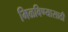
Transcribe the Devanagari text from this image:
मिळविण्‍यासाठी